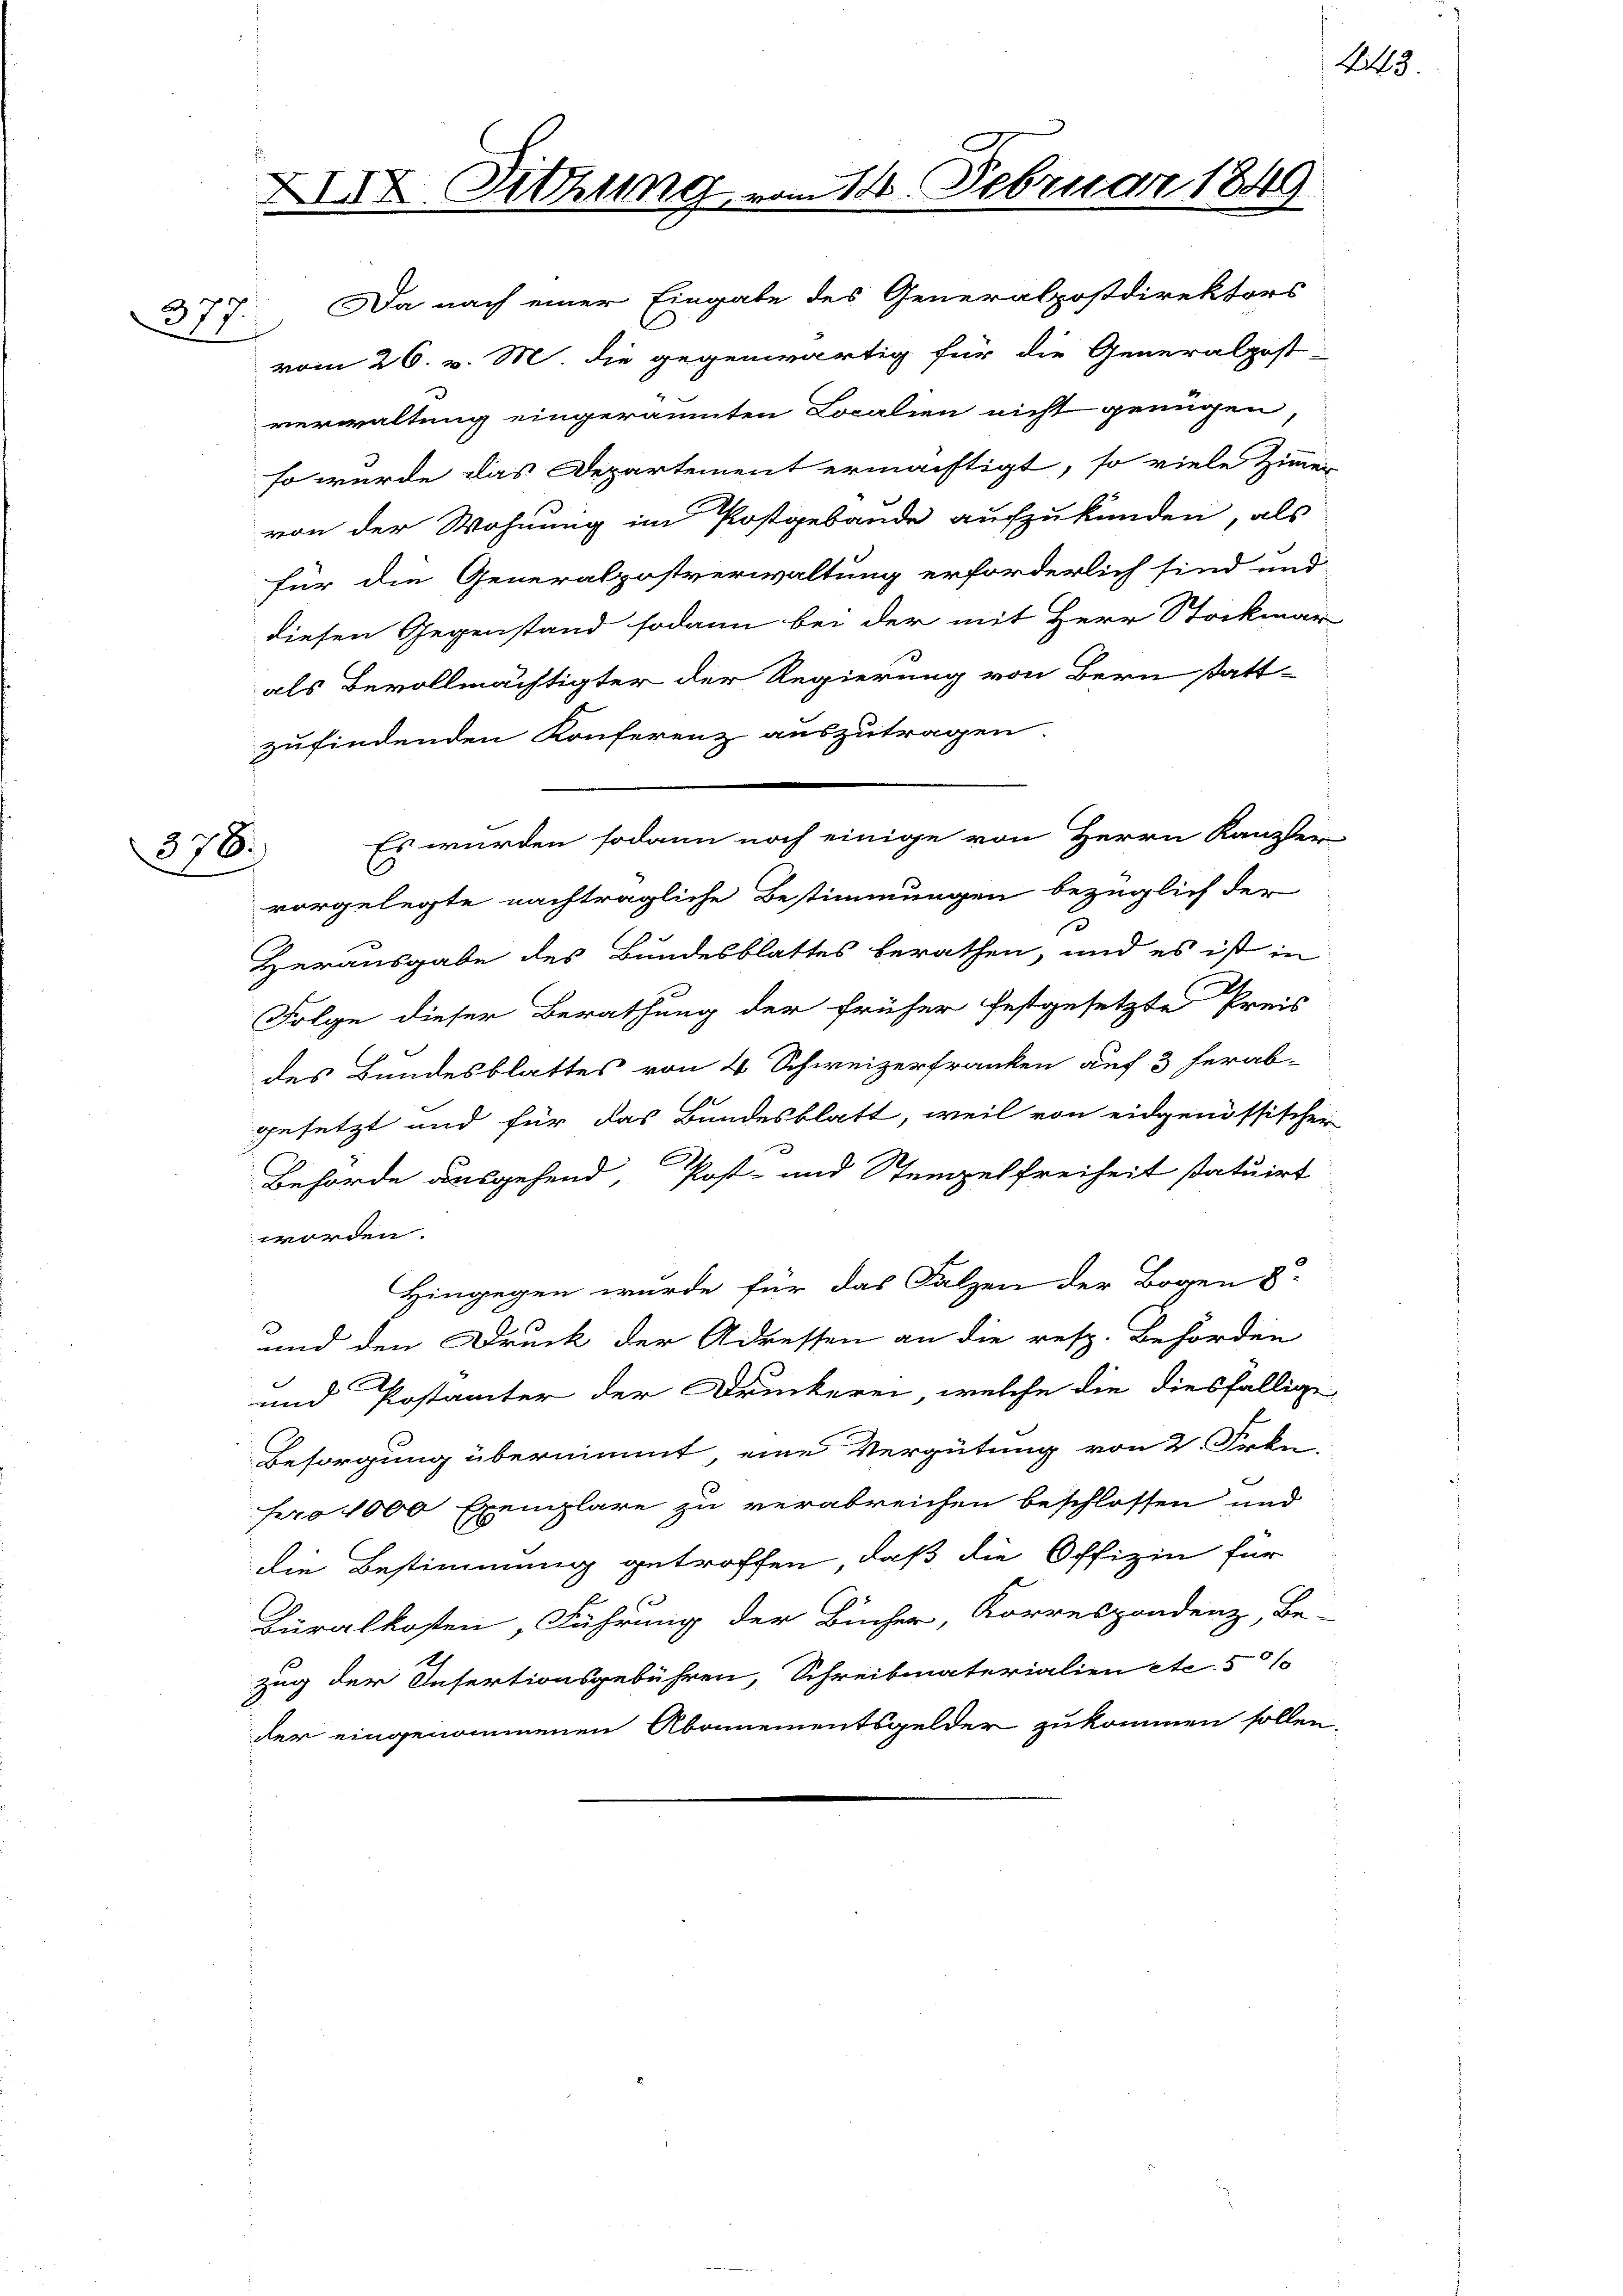
378.

XXIX. Sitzung vom 14. Februar 1849
Da nach einer Eingabe des Generalpostdirektors
377.

vom 26. v. M. die gegenwärtig für die Generalpost-
verwaltung eingeräumten Localien nicht genügen,
so wurde das Departement ermächtigt, so viele Zimmer
von der Wohnung im Postgebäude aufzukünden, als
für die Generalpostverwaltung erforderlich sind und
diesen Gegenstand sodann bei der mit Herr Stockmar
als Bevollmächtigter der Regierung von Bern statt-
zufindenden Konferenz auszutragen.
vorgelegte nachträgliche Bestimmungen bezüglich der
Herausgabe des Bundesblattes berathen, und es ist in
Folge dieser Berathung der früher festgesetzte Preis
des Bundesblattes von 4 Schweizerfranken auf 3 herab-
gesetzt und für das Bundesblatt, weil von eidgenössischer
C
Behörde ausgehend, Post- und Stempelfreiheit statuirt
worden.
Hingegen wurde für das Falzen der Bogen 8
und den Druck der Adressen an die resp. Behörden
und Postämter der Druckerei, welche die diesfällige
Besorgung übernimmt eine Vergütung von 2. Frkn.
pro 1000 Exemplare zu verabreichen beschlossen und
die Bestimmung getroffen, daß die Offizin für
s
Buralkosten, Führung der Bücher, Korrespondenz, Be-
zug der Insertionsgebühren, Schreibmaterialien etc. 510
der eingenommenen Abonnementsgelder zukommen sollen.

Es wurden sodann noch einige von Herrn Kanzler

443.